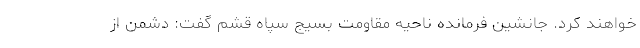
خواهند کرد. جانشین فرمانده ناحیه مقاومت بسیج سپاه قشم گفت: دشمن از